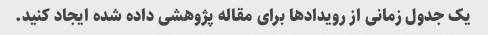
یک جدول زمانی از رویدادها برای مقاله پژوهشی داده شده ایجاد کنید.